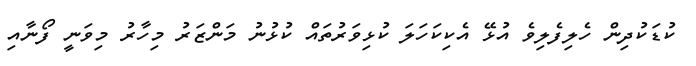
ކުޑަކުދިން ހެލިފެލިވެ އުޅޭ އެކިކަހަލަ ކުޅިވަރުތައް ކުޅުނު މަންޒަރު މިހާރު މިވަނީ ފޯނާއި